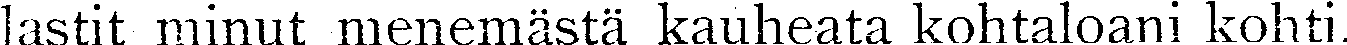
lastit minut menemästä kauheata kohtaloani kohti.